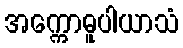
အက္ကောဓူပါယာသံ